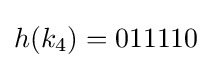
h(k_{4})=011110